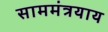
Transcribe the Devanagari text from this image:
साममंत्रयाय